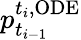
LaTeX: p_{t_{i-1}}^{t_{i},\mathrm{ODE}}